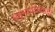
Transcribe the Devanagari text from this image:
बहुभार्यतावादी